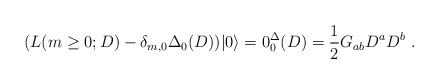
\begin{align*}(L(m\geq0;D) - \delta_{m,0} \Delta_0(D)) |0\rangle =0\sp \Delta_0(D) =\frac{1}{2} G_{ab}D^a D^b \ . \end{align*}